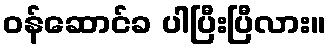
ဝန်ဆောင်ခ ပါပြီးပြီလား။